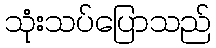
သုံးသပ်ပြောသည်